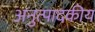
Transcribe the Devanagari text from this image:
अनुत्पादकीय